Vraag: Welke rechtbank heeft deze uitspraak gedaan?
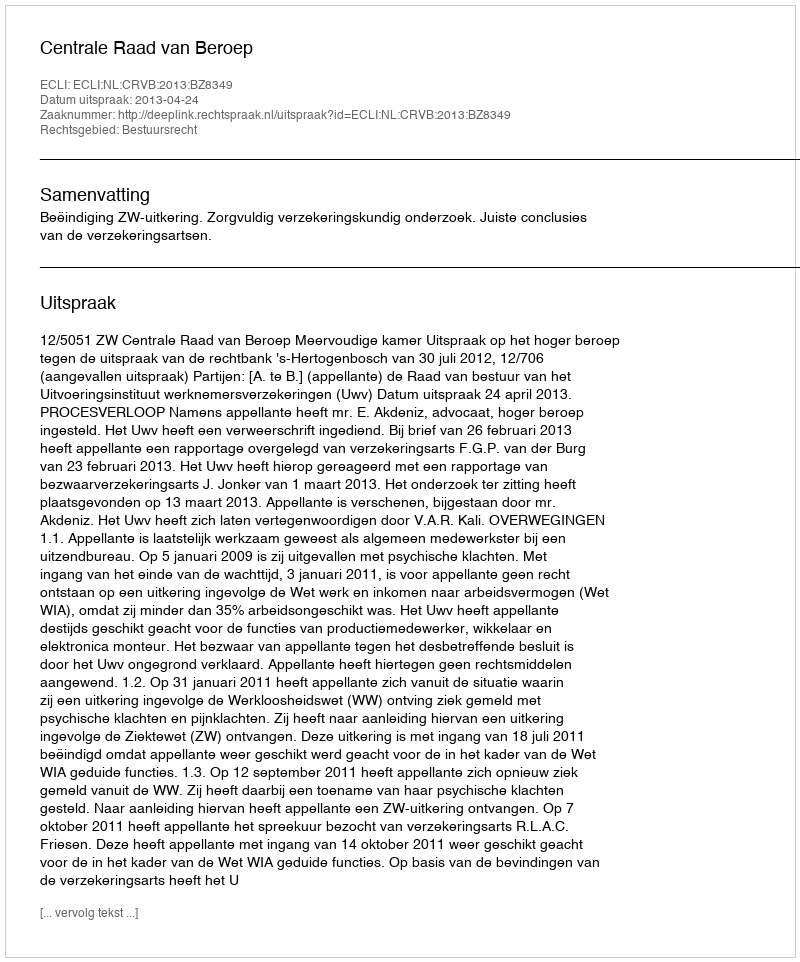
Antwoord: Centrale Raad van Beroep